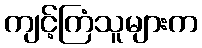
ကျင့်ကြံသူများက